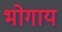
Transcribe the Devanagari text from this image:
भोगाय